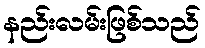
နည်းလမ်းဖြစ်သည်